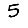
Digit: 5